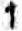
1